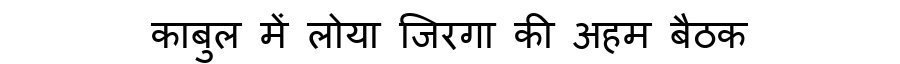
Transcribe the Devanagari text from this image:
काबुल में लोया जिरगा की अहम बैठक